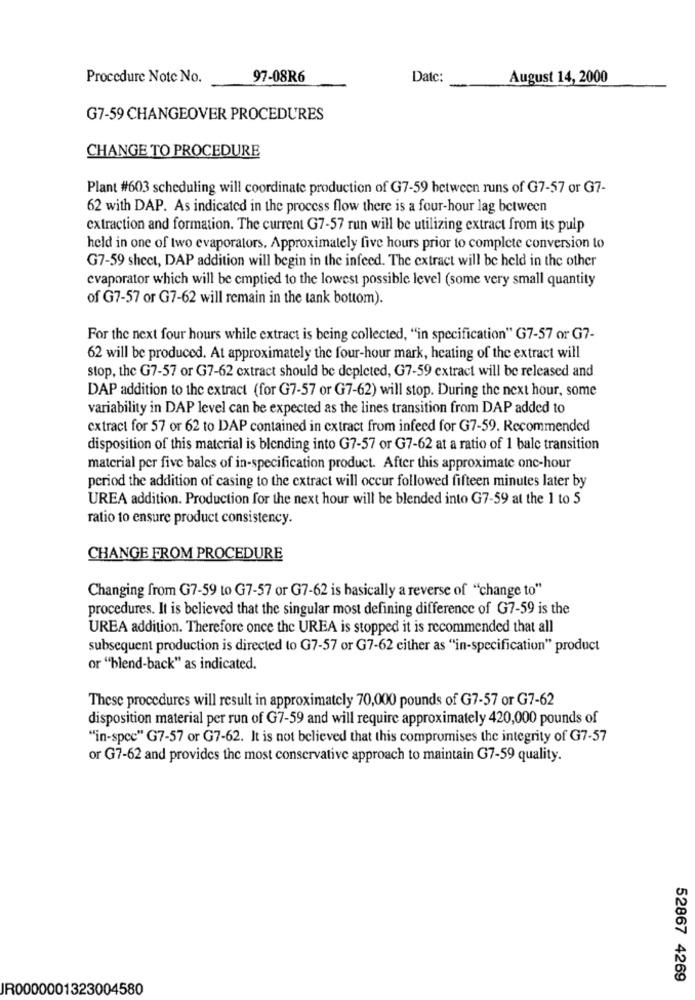
Procedure Note No.
97-08R6
Date:
August 14, 2000
G7-59 CHANGEOVER PROCEDURES
CHANGE TO PROCEDURE
Plant #603 scheduling will coordinate production of G7-59 between runs of G7-57 or G7-
62 with DAP. As indicated in the process flow there is a four-hour lag between
extraction and formation. The current G7-57 run will be utilizing extract from its pulp
held in one of two evaporators, Approximately five hours prior to complete conversion to
G7-59 shect, DAP addition will begin in the infeed. The extract will be held in the other
evaporator which will be emptied to the lowest possible level (some very small quantity
of G7-57 or G7-62 will remain in the tank bottom).
For the next four hours while extract is being collected, "in specification" G7-57 or G7-
62 will be produced. At approximately the four-hour mark, heating of the extract will
stop, the G7-57 or G7-62 extract should be depleted, G7-59 extract will be released and
DAP addition to the extract (for G7-57 or G7-62) will stop. During the next hour, some
variability in DAP level can be expected as the lines transition from DAP added to
extract for 57 or 62 to DAP contained in extract from infeed for G7-59. Recommended
disposition of this material is blending into G7-57 or G7-62 at a ratio of 1 bale transition
material per five bales of in-specification product. After this approximate one-hour
period the addition of casing to the extract will occur followed fifteen minutes later by
UREA addition. Production for the next hour will be blended into G7-59 at the 1 to 5
ratio to ensure product consistency.
CHANGE FROM PROCEDURE
Changing from G7-59 to G7-57 or G7-62 is basically a reverse of "change to"
procedures. It is believed that the singular most defining difference of G7-59 is the
UREA addition. Therefore once the UREA is stopped it is recommended that all
subsequent production is directed to G7-57 or G7-62 either as "in-specification" product
or "blend-back" as indicated.
These procedures will result in approximately 70,000 pounds of G7-57 or G7-62
disposition material per run of G7-59 and will require approximately 420,000 pounds of
"in-spcc" G7-57 or G7-62. It is not believed that this compromises the integrity of G7-57
or G7-62 and provides the most conservative approach to maintain G7-59 quality.
52867 4269
JR0000001323004580